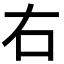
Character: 右